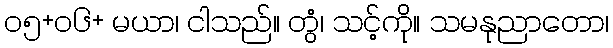
၀၅+၀၆+ မယာ၊ ငါသည်။ တွံ၊ သင့်ကို။ သမနုညာတော၊